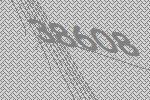
38608